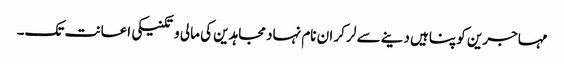
مہاجرین کو پناہیں دینے سے لر کر ان نام نہاد مجاہدین کی مالی و تکنیکی اعانت تک۔